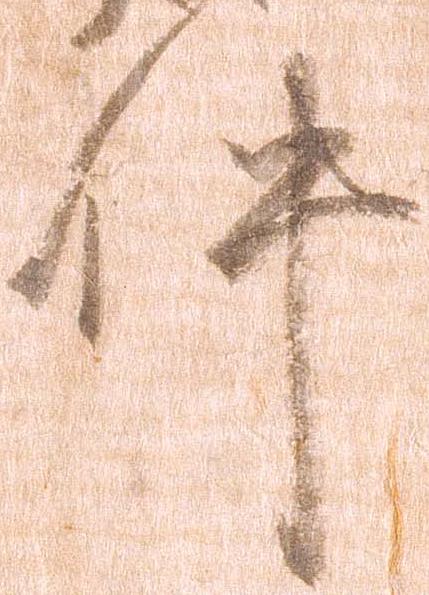
件